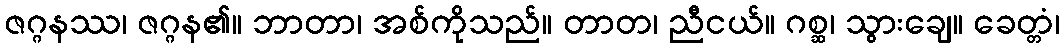
ဇဂ္ဂနဿ၊ ဇဂ္ဂန၏။ ဘာတာ၊ အစ်ကိုသည်။ တာတ၊ ညီငယ်။ ဂစ္ဆ၊ သွားချေ။ ခေတ္တံ၊